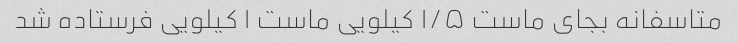
متاسفانه بجای ماست ۱/۵ کیلویی ماست ۱ کیلویی فرستاده شد